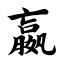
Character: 嬴